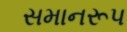
સમાનરૂપ